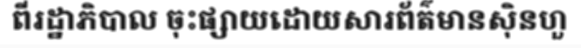
ពីរដ្ឋាភិបាល ចុះផ្សាយដោយសារព័ត៌មានស៊ិនហួ